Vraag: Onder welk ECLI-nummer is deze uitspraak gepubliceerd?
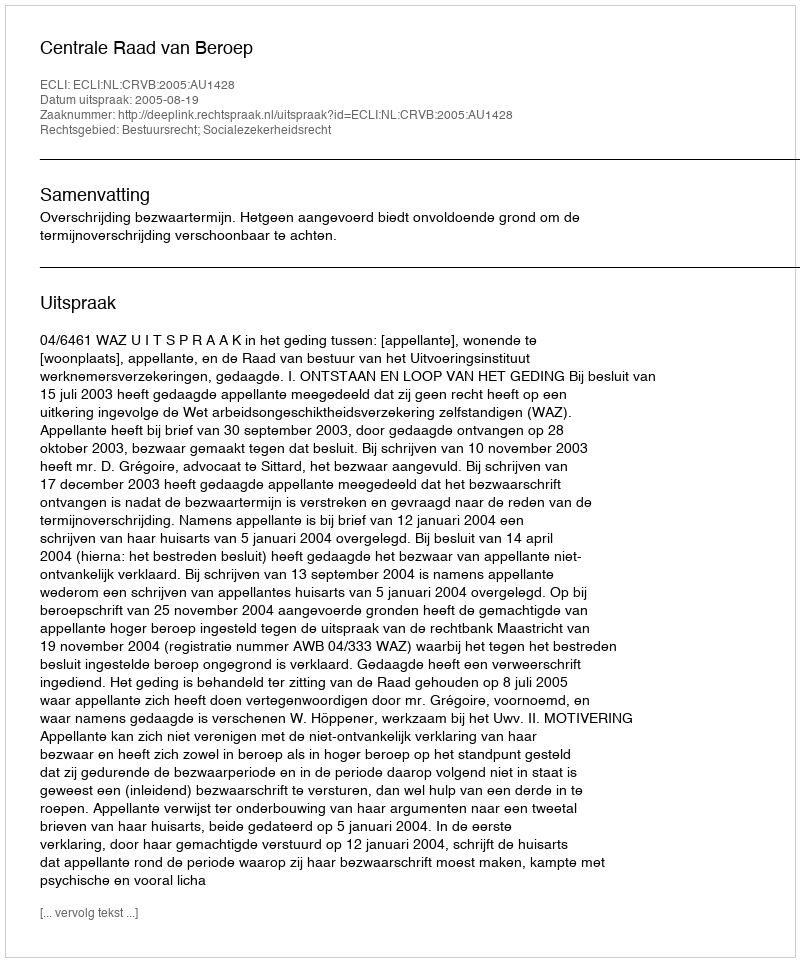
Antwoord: ECLI:NL:CRVB:2005:AU1428